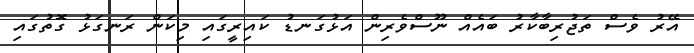
އޭރު ވެސް ތަޖުރިބާކާރު ބައެއް ނޫސްވެރިން އަޅުގަނޑު ކައިރީގައި މިކަން ރަނގަޅު ގޮތުގައި